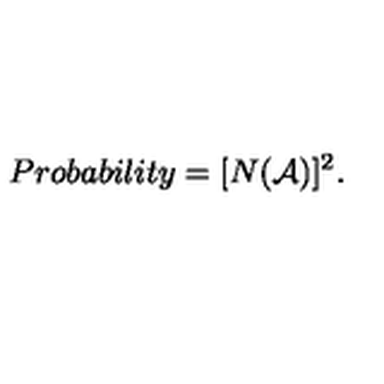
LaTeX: P r o b a b i l i t y = [ N ( { \cal A } ) ] ^ { 2 } .